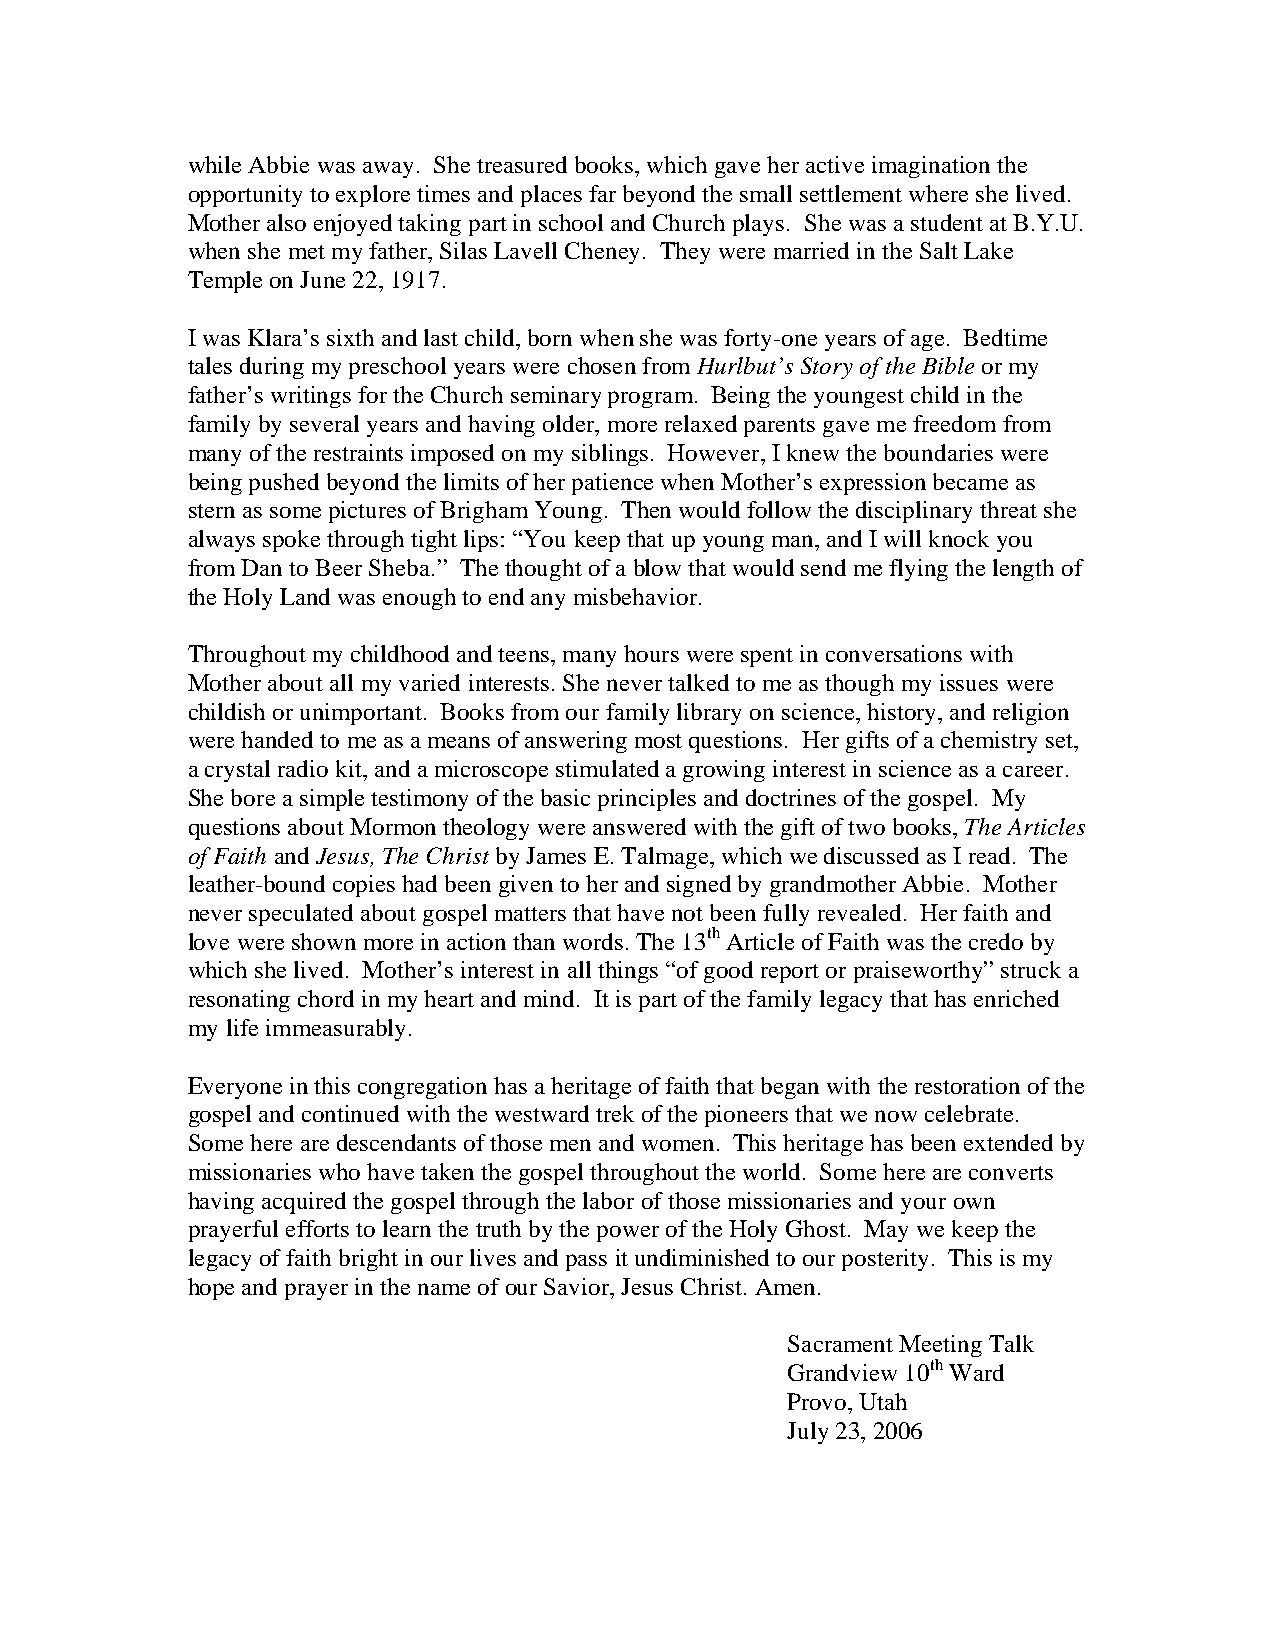
while Abbie was away. She treasured books, which gave her active imagination the
 opportunity to explore times and places far beyond the small settlement where she lived.
 Mother also enjoyed taking part in school and Church plays. She was a student at B.Y.U.
 when she met my father, Silas Lavell Cheney. They were married in the Salt Lake
 Temple on June 22, 1917.
 I was Klara’s sixth and last child, born when she was forty-one years of age. Bedtime
 tales during my preschool years were chosen from Hurlbut’s Story of the Bible or my
 father’s writings for the Church seminary program. Being the youngest child in the
 family by several years and having older, more relaxed parents gave me freedom from
 many of the restraints imposed on my siblings. However, I knew the boundaries were
 being pushed beyond the limits of her patience when Mother’s expression became as
 stern as some pictures of Brigham Young. Then would follow the disciplinary threat she
 always spoke through tight lips: “You keep that up young man, and I will knock you
 from Dan to Beer Sheba.” The thought of a blow that would send me flying the length of
 the Holy Land was enough to end any misbehavior.
 Throughout my childhood and teens, many hours were spent in conversations with
 Mother about all my varied interests. She never talked to me as though my issues were
 childish or unimportant. Books from our family library on science, history, and religion
 were handed to me as a means of answering most questions. Her gifts of a chemistry set,
 a crystal radio kit, and a microscope stimulated a growing interest in science as a career.
 She bore a simple testimony of the basic principles and doctrines of the gospel. My
 questions about Mormon theology were answered with the gift of two books, The Articles
 of Faith and Jesus, The Christ by James E. Talmage, which we discussed as I read. The
 leather-bound copies had been given to her and signed by grandmother Abbie. Mother
 never speculated about gospel matters that have not been fully revealed. Her faith and
 love were shown more in action than words. The 13th Article of Faith was the credo by
 which she lived. Mother’s interest in all things “of good report or praiseworthy” struck a
 resonating chord in my heart and mind. It is part of the family legacy that has enriched
 my life immeasurably.
 Everyone in this congregation has a heritage of faith that began with the restoration of the
 gospel and continued with the westward trek of the pioneers that we now celebrate.
 Some here are descendants of those men and women. This heritage has been extended by
 missionaries who have taken the gospel throughout the world. Some here are converts
 having acquired the gospel through the labor of those missionaries and your own
 prayerful efforts to learn the truth by the power of the Holy Ghost. May we keep the
 legacy of faith bright in our lives and pass it undiminished to our posterity. This is my
 hope and prayer in the name of our Savior, Jesus Christ. Amen.
 Sacrament Meeting Talk
 Grandview 10th Ward
 Provo, Utah
 July 23, 2006